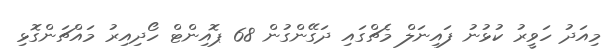
މިއަދު ހަވީރު ކުޅުނު ފައިނަލް މެޗްގައި ދަގޭންގުން 68 ޕޮއިންޓް ހޯދިއިރު މައްޗަންގޮޅި